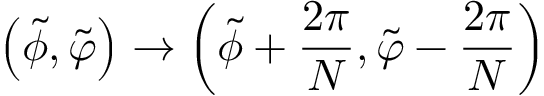
\left( \tilde { \phi } , \tilde { \varphi } \right) \rightarrow \left( \tilde { \phi } + \frac { 2 \pi } { N } , \tilde { \varphi } - \frac { 2 \pi } { N } \right)